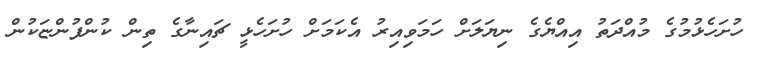
ހުށަހެޅުމުގެ މުއްދަތު އިއްޔެގެ ނިޔަލަށް ހަމަވިއިރު އެކަމަށް ހުށަހެޅީ ޗައިނާގެ ތިން ކުންފުންޏަކުން